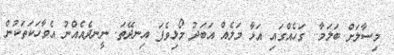
މިސާލަށް ބަލަމާ.. ގަހެއްގައި އަޅާ މަލެއް އަބަދު މޯޅިވެފަ އިނދޭތަ. ނީނދެއެއްނު އެވާހަކަތަކުން